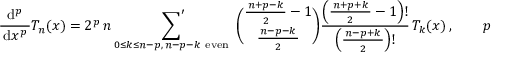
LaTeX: { \frac { \mathrm { d } ^ { p } } { \, \mathrm { d } x ^ { p } \, } } T _ { n } ( x ) = 2 ^ { p } \, n \mathop { { \sum } ^ { \prime } } _ { 0 \leq k \leq n - p , \, n - p - k { \mathrm { ~ e v e n ~ } } } { \binom { { \frac { \, n + p - k \, } { 2 } } - 1 } { \frac { \, n - p - k \, } { 2 } } } { \frac { \left( { \frac { \, n + p + k \, } { 2 } } - 1 \right) ! } { \, \left( { \frac { \, n - p + k \, } { 2 } } \right) ! \, } } \, T _ { k } ( x ) ~ , \qquad p \geq 1 ~ ,